Indian journal of veterinary science and animal husbandry - Volumes 18-21, 1948-1951
Year: 1948
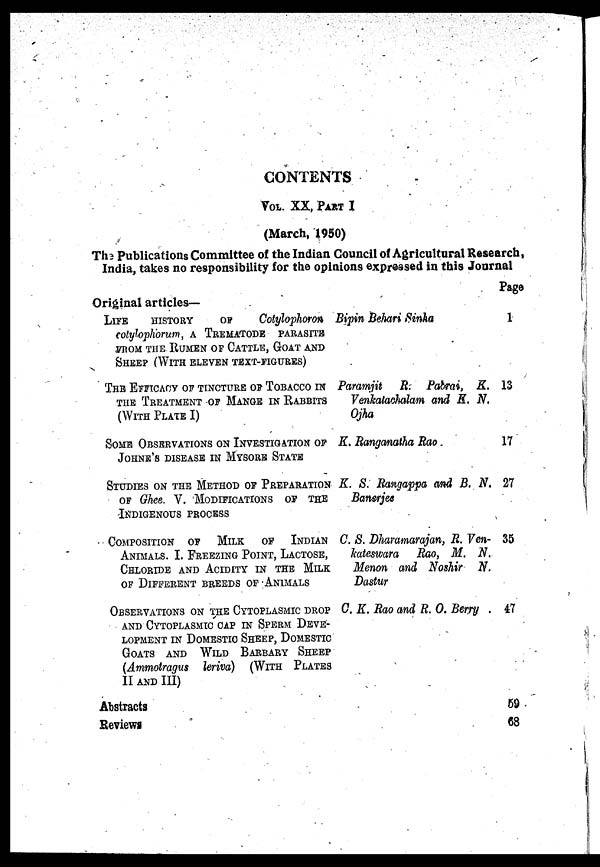
CONTENTS
VOT. XX, PART I
(March, 1950)
The Publications Commitee of the Indian Council of Agricultural Research,
India, takes no responsibility for the opinions expressed in this Journal
Original articles—
LIFE
HISTORY
OF
Cotylophoron
Cotylophoron, A TREMATODE PARASITE
FROM THE RUMEN OF CATTLE, GOAT AND
SHEEP (WITH ELEVEN TEXT-FIGURES)
THE EFFICACY OF TINCTURE OF TOBACCO IN
THE TREATMENT OF MANGE IN RABBITS
(WITH PLATE I)
SOME OBSERVATIONS ON INVESTIGATION OF
JOHNE'S DISEASE IN MYSORE STATE
STUDIES ON THE METHOD OF PREPARATION
OF Ghee. V. MODIFICATIONS OF THE
INDIGENOUS PROCESS
COMPOSITION OF MILK
OF INDIAN
ANIMALS. I. FREEZING POINT, LACTOSE,
CHLORIDE AND ACIDITY IN THE MILK
OF DIFFERENT BREEDS OF ANIMALS
OBSERVATIONS ON THE CYTOPLASMIC DROP
AND CYTOPLASMIC CAP IN SPERM DEVE-
LOPMENT IN DOMESTIC SHEEP, DOMESTIC
GOATS AND WILD BARBARY SHEEP
(Ammotragus leriva) (WITH PLATES
II AND III)
Abstracts
Reviews
Bipin Behari Sinha
Paramjit R. Patrai, K.
Venkatachalam and K. N.
Ojha
K. Ranganatha Rao
K. S: Rangappa and B. N.
Banerjee
C.S. Dharamarajan, R. Ven-
Kateswara Rao, M. N.
Menon and Noshir N.
Dastur
C. K. Rao and R. O. Berry .
Page
1
13
17
27
35
47
59
68